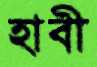
হাবী